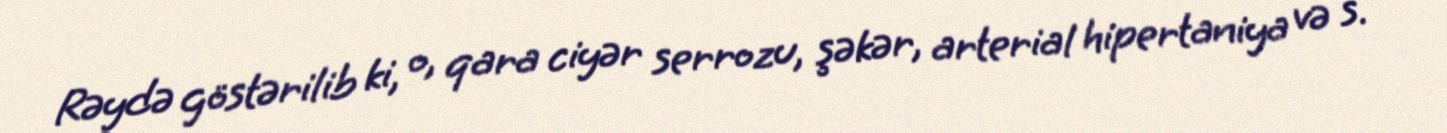
Rəydə göstərilib ki, o, qara ciyər serrozu, şəkər, arterial hipertaniya və s.